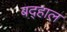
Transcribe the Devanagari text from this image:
बद्हाल